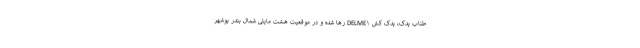
طناب یدک، یدک کش DELME۱ رها شده و در موقعیت هشت مایلی شمال بندر بوشهر